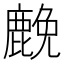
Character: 𮭵